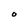
Character: O